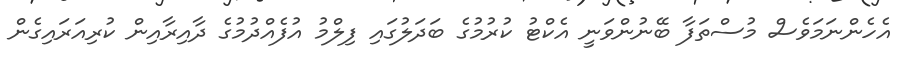
އެހެންނަމަވެސް މުސްތަފާ ބޭނުންވަނީ އެކްޓު ކުރުމުގެ ބަދަލުގައި ފިލްމު އުފެއްދުމުގެ ދާއިރާއިން ކުރިއަރައިގެން